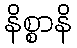
နိစ္စာနိ